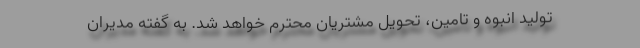
تولید انبوه و تامین، تحویل مشتریان محترم خواهد شد. به گفته مدیران